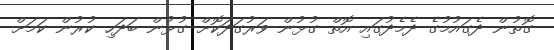
ގޮތުން ދެގައުމުގެ ދެމެދުގައި އޮތް ގުޅުން ވަރުގަދަކޮށް ގުޅުން ބަދަހި ކުރުން ކަމަށް